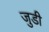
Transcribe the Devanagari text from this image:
जुडी